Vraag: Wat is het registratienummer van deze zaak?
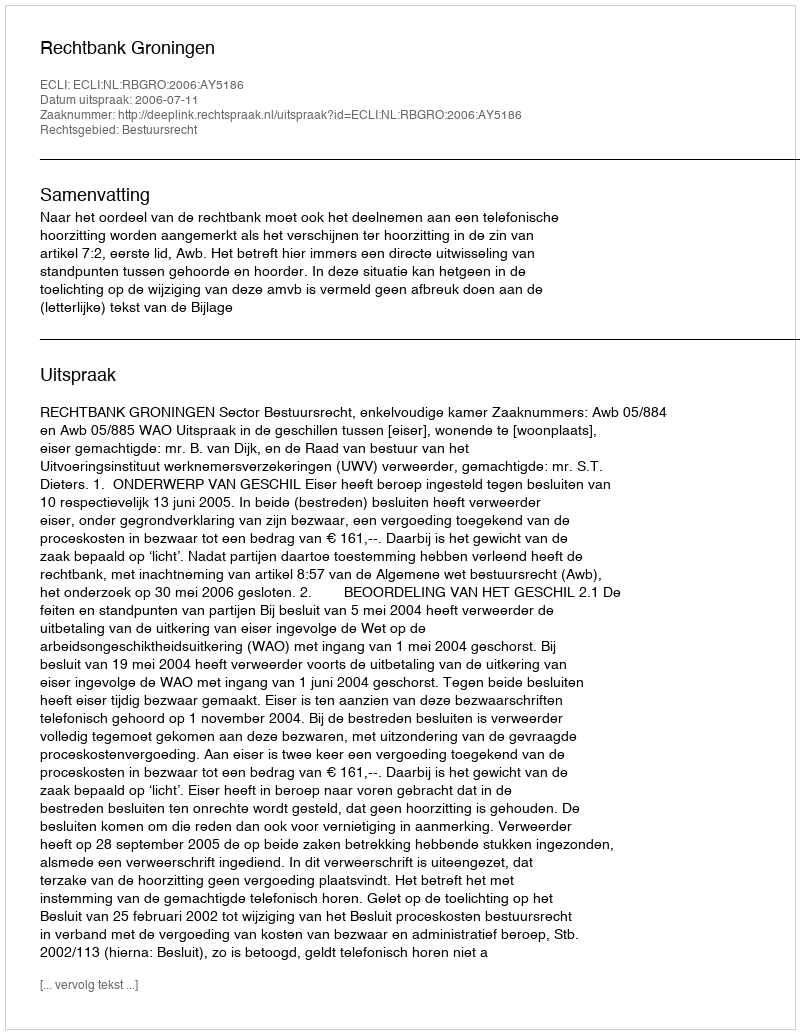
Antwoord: http://deeplink.rechtspraak.nl/uitspraak?id=ECLI:NL:RBGRO:2006:AY5186